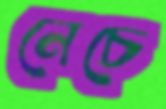
নেচে